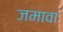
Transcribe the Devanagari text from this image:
जमावा